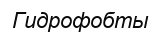
Гидрофобты